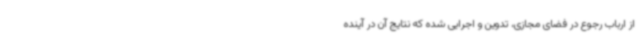
از ارباب رجوع در فضای مجازی، تدوین و اجرایی شده که نتایج آن در آینده